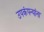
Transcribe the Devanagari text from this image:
उपकंपन्यांना